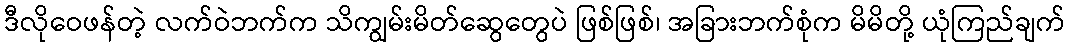
ဒီလိုဝေဖန်တဲ့ လက်ဝဲဘက်က သိကျွမ်းမိတ်ဆွေတွေပဲ ဖြစ်ဖြစ်၊ အခြားဘက်စုံက မိမိတို့ ယုံကြည်ချက်